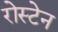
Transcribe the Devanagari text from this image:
रोस्टेन